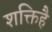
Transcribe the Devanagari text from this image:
शक्तिहै